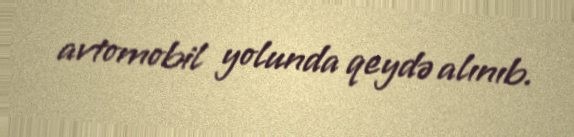
avtomobil yolunda qeydə alınıb.